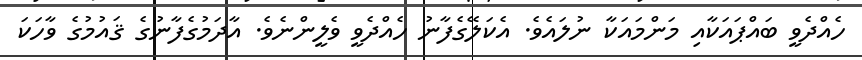
ހެއްދެވީ ބައްޕައަކާއި މަންމައަކާ ނުލައެވެ. އެކަލޭގެފާނު ހެއްދެވީ ވެލީންނެވެ. އާދަމުގެފާނުގެ ޤައުމުގެ ވާހަކަ